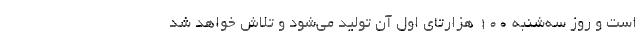
است و روز سه‌شنبه ۱۰۰ هزارتای اول آن تولید می‌شود و تلاش خواهد شد